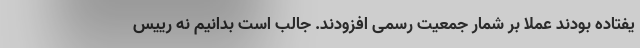
یفتاده بودند عملا بر شمار جمعیت رسمی افزودند. جالب است بدانیم نه رییس